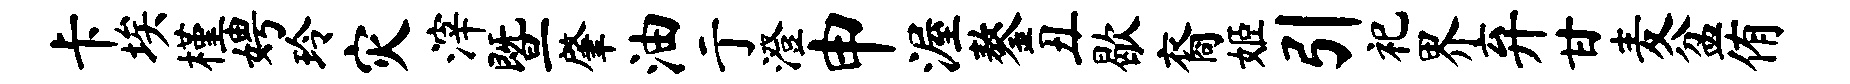
卡埃槿娉玲灾滓暨肇油亍澄申渥鏊丑歇裔姬引祀界弃甘麦盆侑